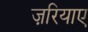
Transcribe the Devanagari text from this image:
ज़रियाए